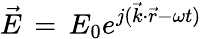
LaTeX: \vec{E}\, =\, E_{0}e^{j(\vec{k}\cdot\vec{r}-\omega t)}